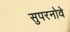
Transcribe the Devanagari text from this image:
सुपरनोवे